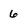
Character: 6